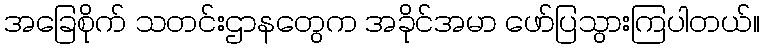
အခြေစိုက် သတင်းဌာနတွေက အခိုင်အမာ ဖော်ပြသွားကြပါတယ်။